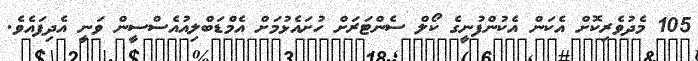
105 މެދުވެރިކޮށް އެކަން އެކުންފުނީގެ ކޯލް ސެންޓަރަށް ހުށައެޅުމަށް އެމްޑަބްލިއުއެސްސީން ވަނީ އެދިފައެވެ.